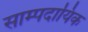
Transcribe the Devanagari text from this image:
साम्पदायिक